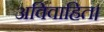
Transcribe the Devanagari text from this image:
अविवाहित।